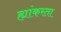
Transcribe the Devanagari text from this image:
ह्यांकरता